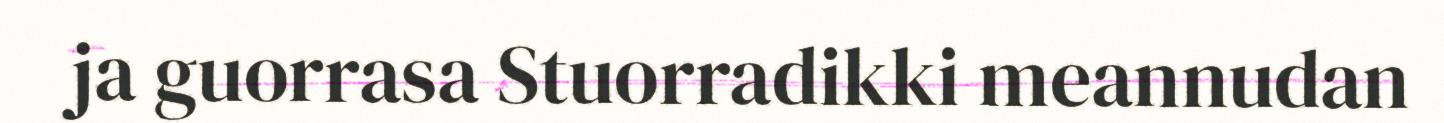
ja guorrasa Stuorradikki meannudan